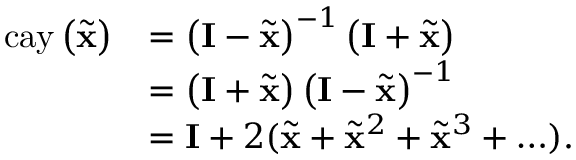
\begin{array} { r l } { \mathrm { c a y } \left( \tilde { \mathbf { x } } \right) } & { = \left( \mathbf { I } - \tilde { \mathbf { x } } \right) ^ { - 1 } \left( \mathbf { I } + \tilde { \mathbf { x } } \right) } \\ & { = \left( \mathbf { I } + \tilde { \mathbf { x } } \right) \left( \mathbf { I } - \tilde { \mathbf { x } } \right) ^ { - 1 } } \\ & { = \mathbf { I } + 2 ( \tilde { \mathbf { x } } + \tilde { \mathbf { x } } ^ { 2 } + \tilde { \mathbf { x } } ^ { 3 } + \ldots ) . } \end{array}